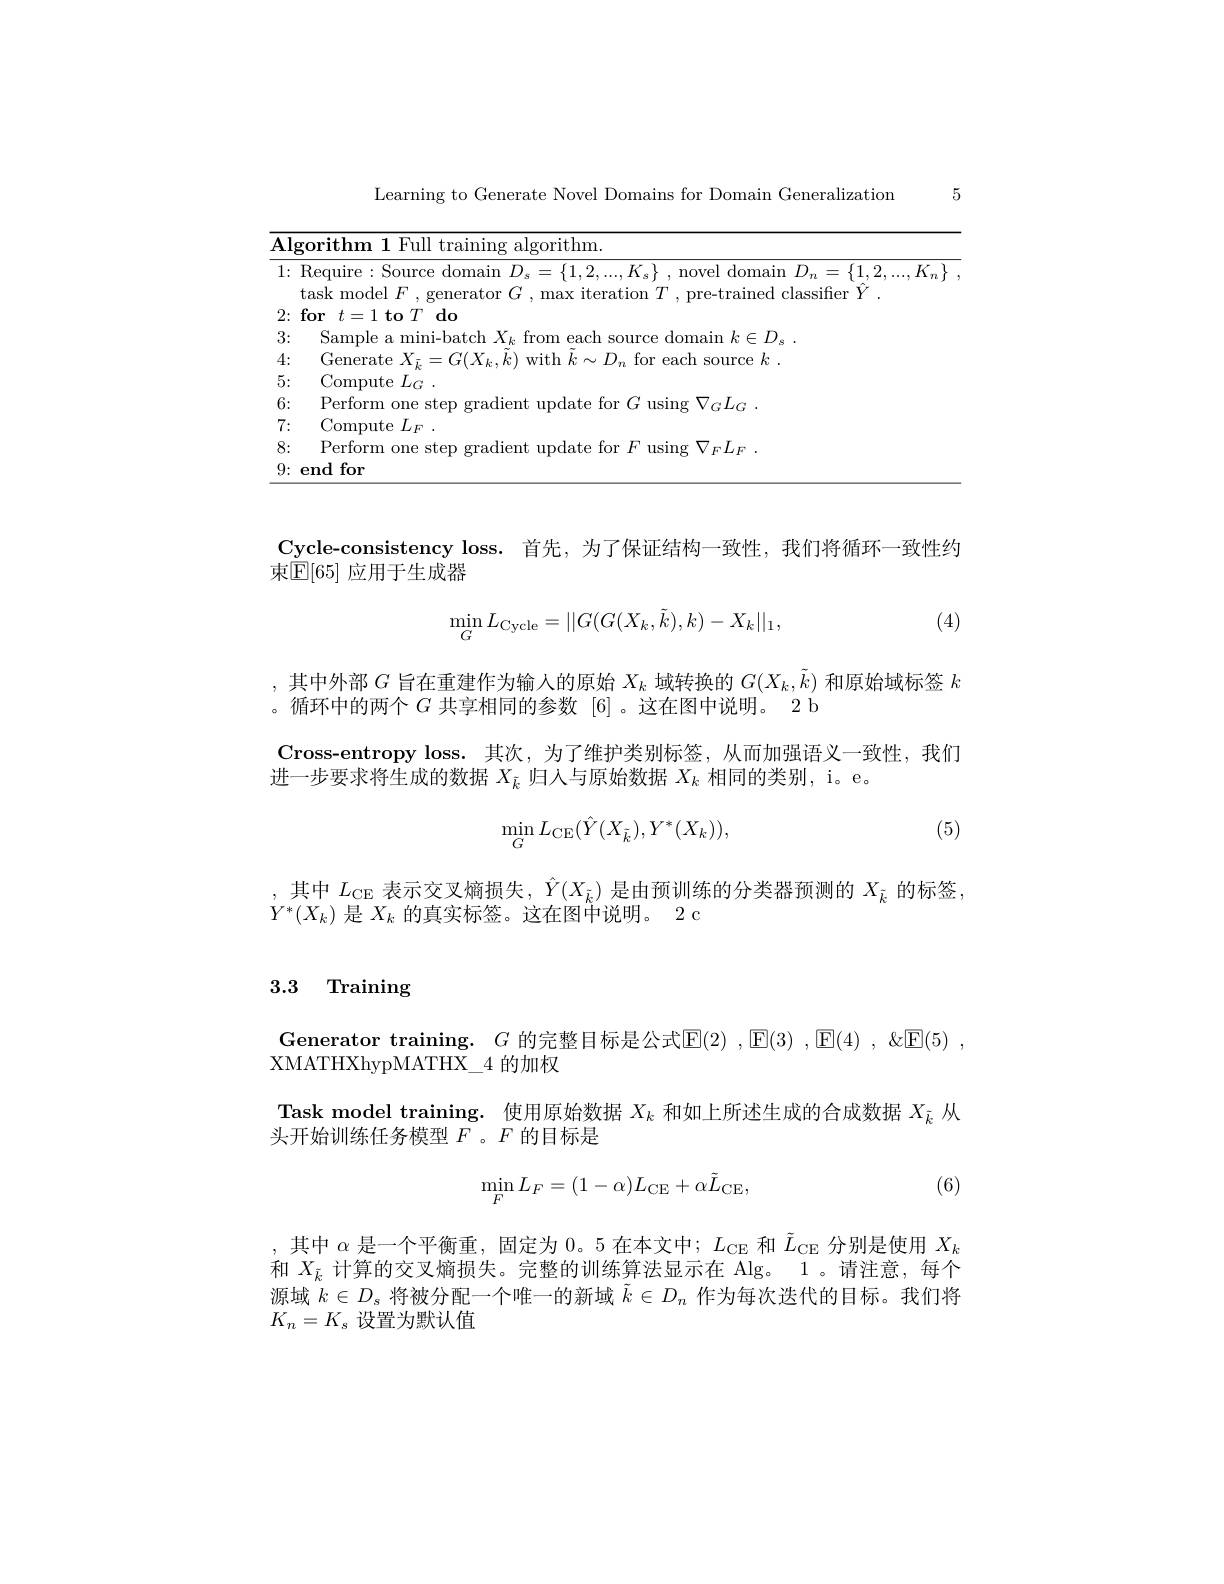
5

Learning to Generate Novel Domains for Domain Generalization

<table>
	<tbody>
		<tr>
			<td>$\overline{\mathbf{Al}}$ 1 -</td>
			<td>rorith $1\boldsymbol{m}$ -111 trainino algorithm. U</td>
		</tr>
		<tr>
			<td>1:</td>
			<td>Require:Source domain$D_s=\{1,2,...,K_{s}\}$,novel domain$D_n=\{1,2,...,K_{n}\}$ task model $F$,generator $G$, max iteration $T$, pre-trained classifier $\hat{Y}$</td>
		</tr>
		<tr>
			<td>2:</td>
			<td>$\textbf{for}t= 1\textbf{to}T$do</td>
		</tr>
		<tr>
			<td>3:</td>
			<td>Samnle a mini-batch $X_{k}$ $\Upsilon\Upsilon\Omega$ each sourc $\mathop{\mathrm{domain~}}k\in D.$</td>
		</tr>
		<tr>
			<td>4:</td>
			<td>Generate $X_{\bar{l}}$ $\cdot\cdot$ $=(I^{\prime}(X_{k},k)$ $\dot{\text{mrith}}$ $k\sim1)$ for each source $k$</td>
		</tr>
		<tr>
			<td>5:</td>
			<td>Compute $L_G$</td>
		</tr>
		<tr>
			<td>6: 1 1 1 1 1</td>
			<td>Perform 11sinc $\nabla_{c}I_{cc}$</td>
		</tr>
		<tr>
			<td>7: 1</td>
			<td>Compute $L_F$</td>
		</tr>
		<tr>
			<td>8:</td>
			<td>Perform ${\mathrm{~fon}}$</td>
		</tr>
		<tr>
			<td>9:</td>
			<td>end for</td>
		</tr>
	</tbody>
</table>

Cycle-consistency loss. 首先，为了保证结构一致性，我们将循环一致性约
束$\mathbb{E}[65]$ 应用于生成器
$$\min_GL_{\mathrm{Cycle}}=||G(G(X_k,\tilde{k}),k)-X_k||_1,$$
(4)

,其中外部$G$旨在重建作为输入的原始$X_k$域转换的$G(X_k,\tilde{k})$和原始域标签$k$
。循环中的两个$G$共享相同的参数 [6] 。这在图中说明。2 b
$\textbf{Cross- entropy loss. 其 次 , 为 了 维 护 类 别 标 签 , 从 而 加 强 语 义 一 致 性 , 我 们 }$
进一步要求将生成的数据$X_{\tilde{k}}$归人与原始数据$X_k$相同的类别，i。e。
$$\min_{G}L_{\mathrm{CE}}(\hat{Y}(X_{\tilde{k}}),Y^{*}(X_{k})),$$
(5)

,其中$L_\mathrm{CE}$表示交叉熵损失$,\hat{Y}(X_{\tilde{k}})$是由预训练的分类器预测的$X_{\tilde{k}}$的标签，
$Y^*(X_k)$是$X_k$的真实标签。这在图中说明。2 c

## 3.3 Training

Generator training. $G$ 的完整目标是公式$\mathbb{E}(2),\mathbb{E}(3),\mathbb{E}(4),\&\mathbb{E}(5)$,
XMATHXhypMATHX$\_$4 的加权
Task model training. 使用原始数据$X_{k}$和如上所述生成的合成数据$X_{\tilde{k}}$从
头开始训练任务模型$\bar{F}$。$F$的目标是
$$\min_{F}L_{F}=(1-\alpha)L_{\mathrm{CE}}+\alpha\tilde{L}_{\mathrm{CE}},$$
(6)

,其中$\alpha$是一个平衡重，固定为0。5 在本文中$;L_\mathrm{CE}$和$\tilde{L}_\mathrm{CE}$分别是使用$X_k$ 和$X_{\tilde{k}}$计算的交叉熵损失。完整的训练算法显示在 Alg。1。请注意，每个源域$k\in D_s$将被分配一个唯一的新域$\tilde{k}\in D_n$作为每次迭代的目标。我们将$K_n=K_s$设置为默认值